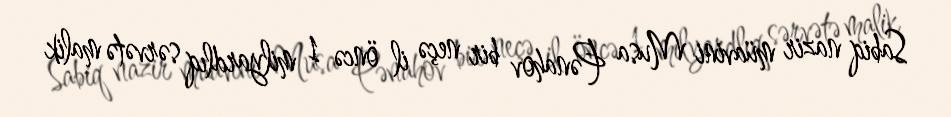
Sabiq nazir müavini Musa Pənahov bir neçə il öncə 1 milyardlıq sərvətə malik